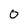
Character: 0